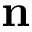
\mathbf { n }